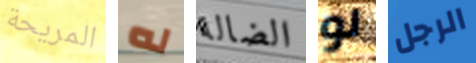
المريحة له الضالة لو الرجل